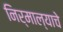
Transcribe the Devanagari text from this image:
निर्माल्याचे